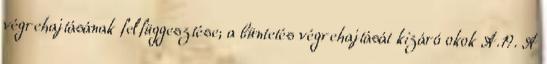
végrehajtásának felfüggesztése; a büntetés végrehajtását kizáró okok A.19. A